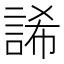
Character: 䛥